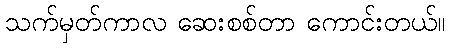
သက်မှတ်ကာလ ဆေးစစ်တာ ကောင်းတယ်။